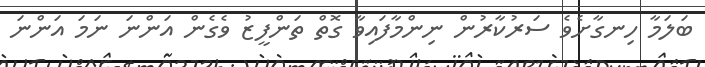
ބަލަމާ ހިނގާށެވެ ސަރުކާރުން ނިންމާފައިވާ ގޮތް ތަންފީޒު ވެގެން އަންނަ ނަމަ އަންނަ